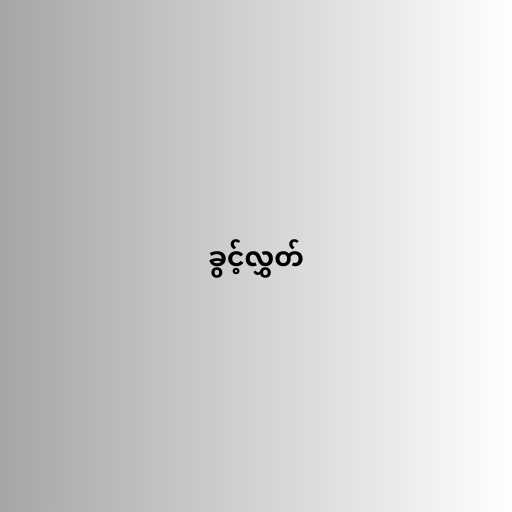
ခွင့်လွှတ်